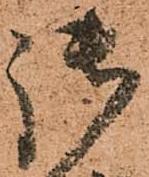
御